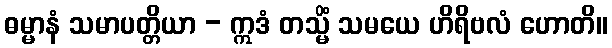
ဓမ္မာနံ သမာပတ္တိယာ - ဣဒံ တသ္မိံ သမယေ ဟိရိဗလံ ဟောတိ။